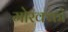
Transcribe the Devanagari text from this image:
मोरक्‍को